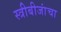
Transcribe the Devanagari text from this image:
स्त्रीबीजांचा